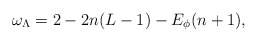
\begin{align*}\omega_\Lambda = 2 - 2n (L-1) - E_\phi (n+1),\end{align*}